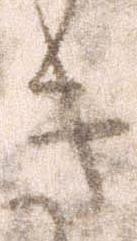
き